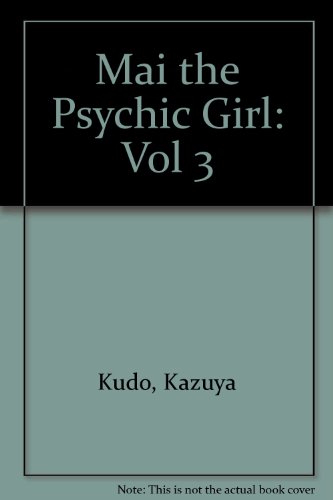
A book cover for Mai, the Psychic Girl, Vol. 3; Kazuya Kudo; Comics & Graphic Novels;